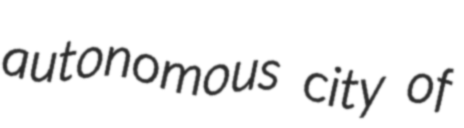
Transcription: autonomous city of